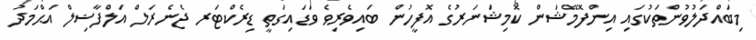
މިބައްދަލުވުންތަކުގައި އިންފޮމޭޝަން ކޮމިޝަނަރުގެ އޮފީހުން ބައިވެރިވެ ވަޑައިގަތީ ޑިރެކްޓަރ ޖެނެރަލް އަލްފާޟިލް އަޙްމަދު